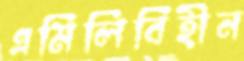
এমিলিবিহীন